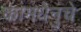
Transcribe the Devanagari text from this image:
कामधेनुचे